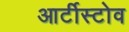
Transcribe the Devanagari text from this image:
आर्टीस्टोव